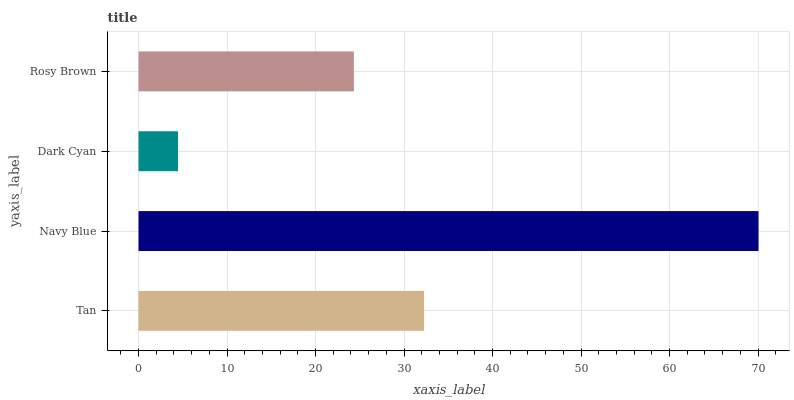
| yaxis_label | bars |
 | --- | --- |
 | Tan | 32.3 |
 | Navy Blue | 70.1 |
 | Dark Cyan | 4.47 |
 | Rosy Brown | 24.3 |